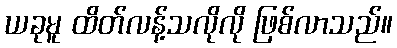
ယခုမူ ထိတ်လန့်သလိုလို ဖြစ်လာသည်။